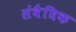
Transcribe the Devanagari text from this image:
संवैधिक